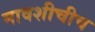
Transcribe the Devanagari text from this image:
मावशीचीच